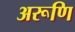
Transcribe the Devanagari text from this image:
अरूणि